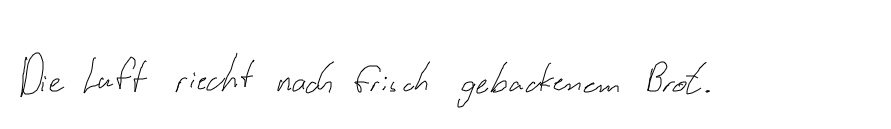
Die Luft riecht nach frisch gebackenem Brot.